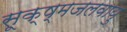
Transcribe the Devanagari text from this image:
सूक्ष्मजलवायु